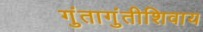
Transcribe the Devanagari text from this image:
गुंतागुंतीशिवाय